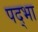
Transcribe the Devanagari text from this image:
पद्भा